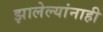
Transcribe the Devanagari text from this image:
झालेल्यांनाही